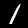
Label: 1